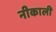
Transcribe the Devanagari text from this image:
नीकाली